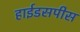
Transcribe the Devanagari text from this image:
हाईडसपीस